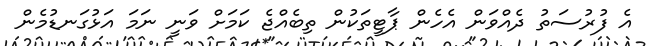
އެ ފުރުސަތު ދެއްވަން އެހެން ޕާޓީތަކުން ތިބެއްޖެ ކަމަށް ވަނީ ނަމަ އަޅުގަނޑުމެން